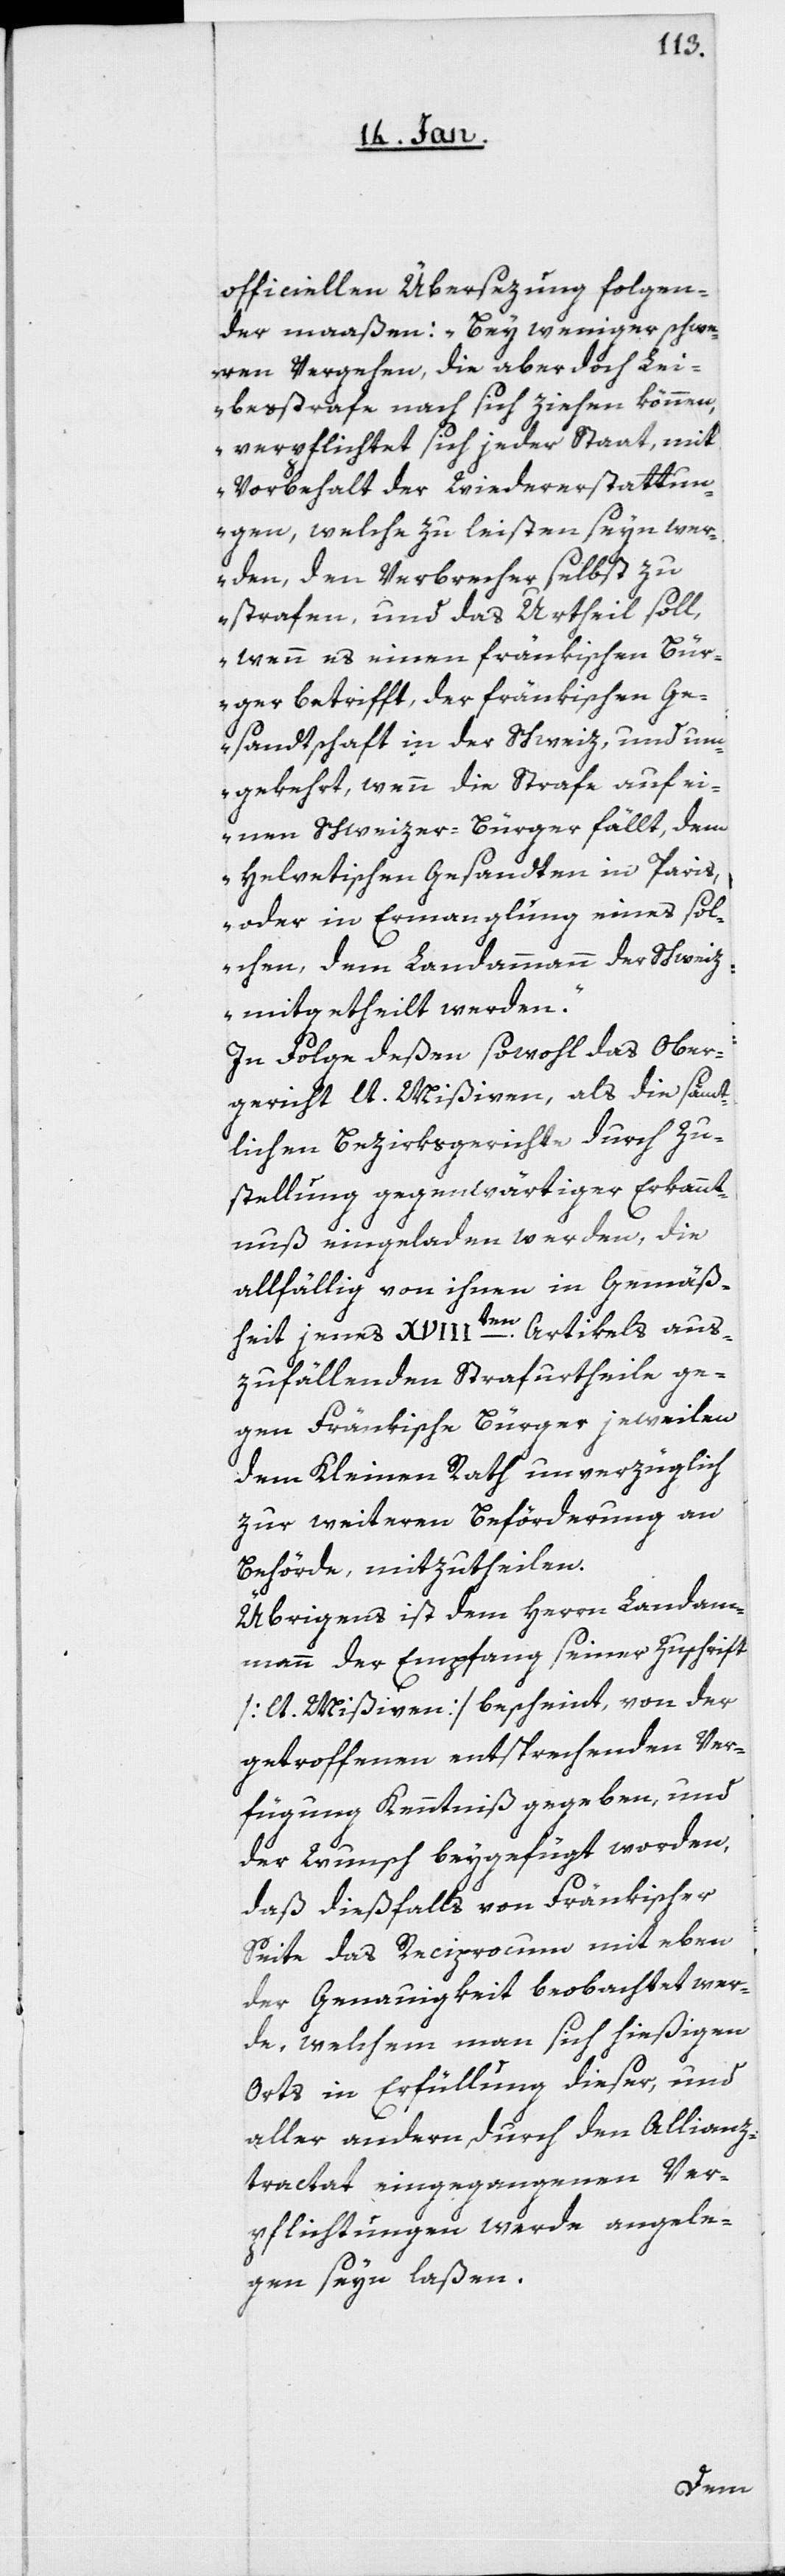
officiellen Übersezung folgen¬
der maaßen: „Bey weniger schwe¬
ren Vergehen, die aber doch Lei¬
besstrafe nach sich ziehen können,
verpflichtet sich jeder Staat, mit
Vorbehalt der Wiedererstattun¬
gen, welche zu leisten seyn wer¬
den, den Verbrecher selbst zu
strafen, und das Urtheil soll,
wenn es einen fränkischen Bür¬
ger betrifft, der fränkischen Ge¬
sandtschaft in der Schweiz, und um¬
gekehrt, wenn die Strafe auf ei¬
nen Schweizer-Bürger fällt, dem
Helvetischen Gesandten in Paris,
oder in Ermangelung eines sol¬
chen, dem Landammann der Schweiz
mitgetheilt werden.“
In Folge deßen sowohl das Ober¬
gericht lt. Mißiven, als die sämt¬
lichen Bezirksgerichte durch Zu¬
stellung gegenwärtiger Erkannt¬
nuß eingeladen werden, die
allfällig von ihnen in Gemäß¬
heit jenes XVIIIten. Artikels aus¬
zufällenden Strafurtheile ge¬
gen Fränkische Bürger jeweilen
dem Kleinen Rath unverzüglich
zur weiteren Beförderung an
Behörde, mitzutheilen.
Übrigens ist dem Herrn Landam¬
mann der Empfang seiner Zuschrift
[lt. Mißiven] bescheint, von der
getroffenen entsprechenden Ver¬
fügung Kenntniß gegeben, und
der Wunsch beygefügt worden,
daß dießfalls von Fränkischer
Seite das Reciprocum mit eben
der Genauigkeit beobachtet wer¬
de, welchem man sich hießigen
Orts in Erfüllung dieser, und
aller andern, durch den Allianz¬
tractat eingegangenen Ver¬
pflichtungen werde angele¬
gen seyn laßen.